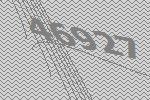
46927